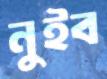
নুইব